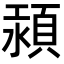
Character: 𩒴